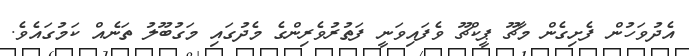
އެދުވަހުން ފެށިގެން މާޗޫ ޕީކްޗޫ ވެފައިވަނީ ފަތުރުވެރިންގެ މެދުގައި މަގުބޫލު ތަނެއް ކަމުގައެވެ.